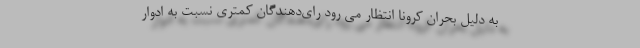
به دلیل بحران کرونا انتظار می رود رای‌دهندگان کمتری نسبت به ادوار